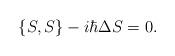
LaTeX: \begin{align*} \{S,S\} - i\hbar\Delta S=0.\end{align*}